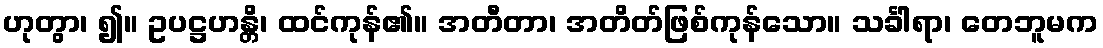
ဟုတွာ၊ ၍။ ဥပဋ္ဌဟန္တိ၊ ထင်ကုန်၏။ အတီတာ၊ အတိတ်ဖြစ်ကုန်သော။ သင်္ခါရာ၊ တေဘူမက